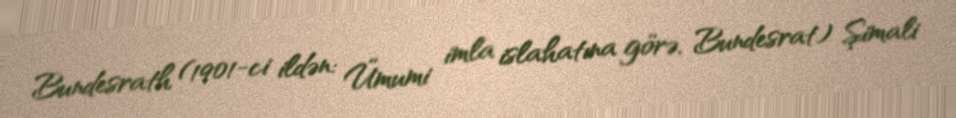
Bundesrath (1901-ci ildən: Ümumi imla islahatına görə, Bundesrat) Şimali